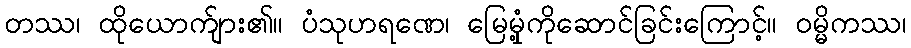
တဿ၊ ထိုယောက်ျား၏။ ပံသုဟရဏေ၊ မြေမှုံ့ကိုဆောင်ခြင်းကြောင့်။ ဝမ္မိကဿ၊